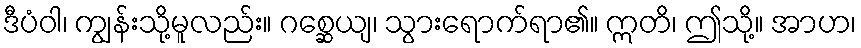
ဒီပံဝါ၊ ကျွန်းသို့မူလည်း။ ဂစ္ဆေယျ၊ သွားရောက်ရာ၏။ ဣတိ၊ ဤသို့။ အာဟ၊